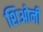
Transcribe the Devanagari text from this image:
शिओनी